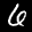
Label: 6